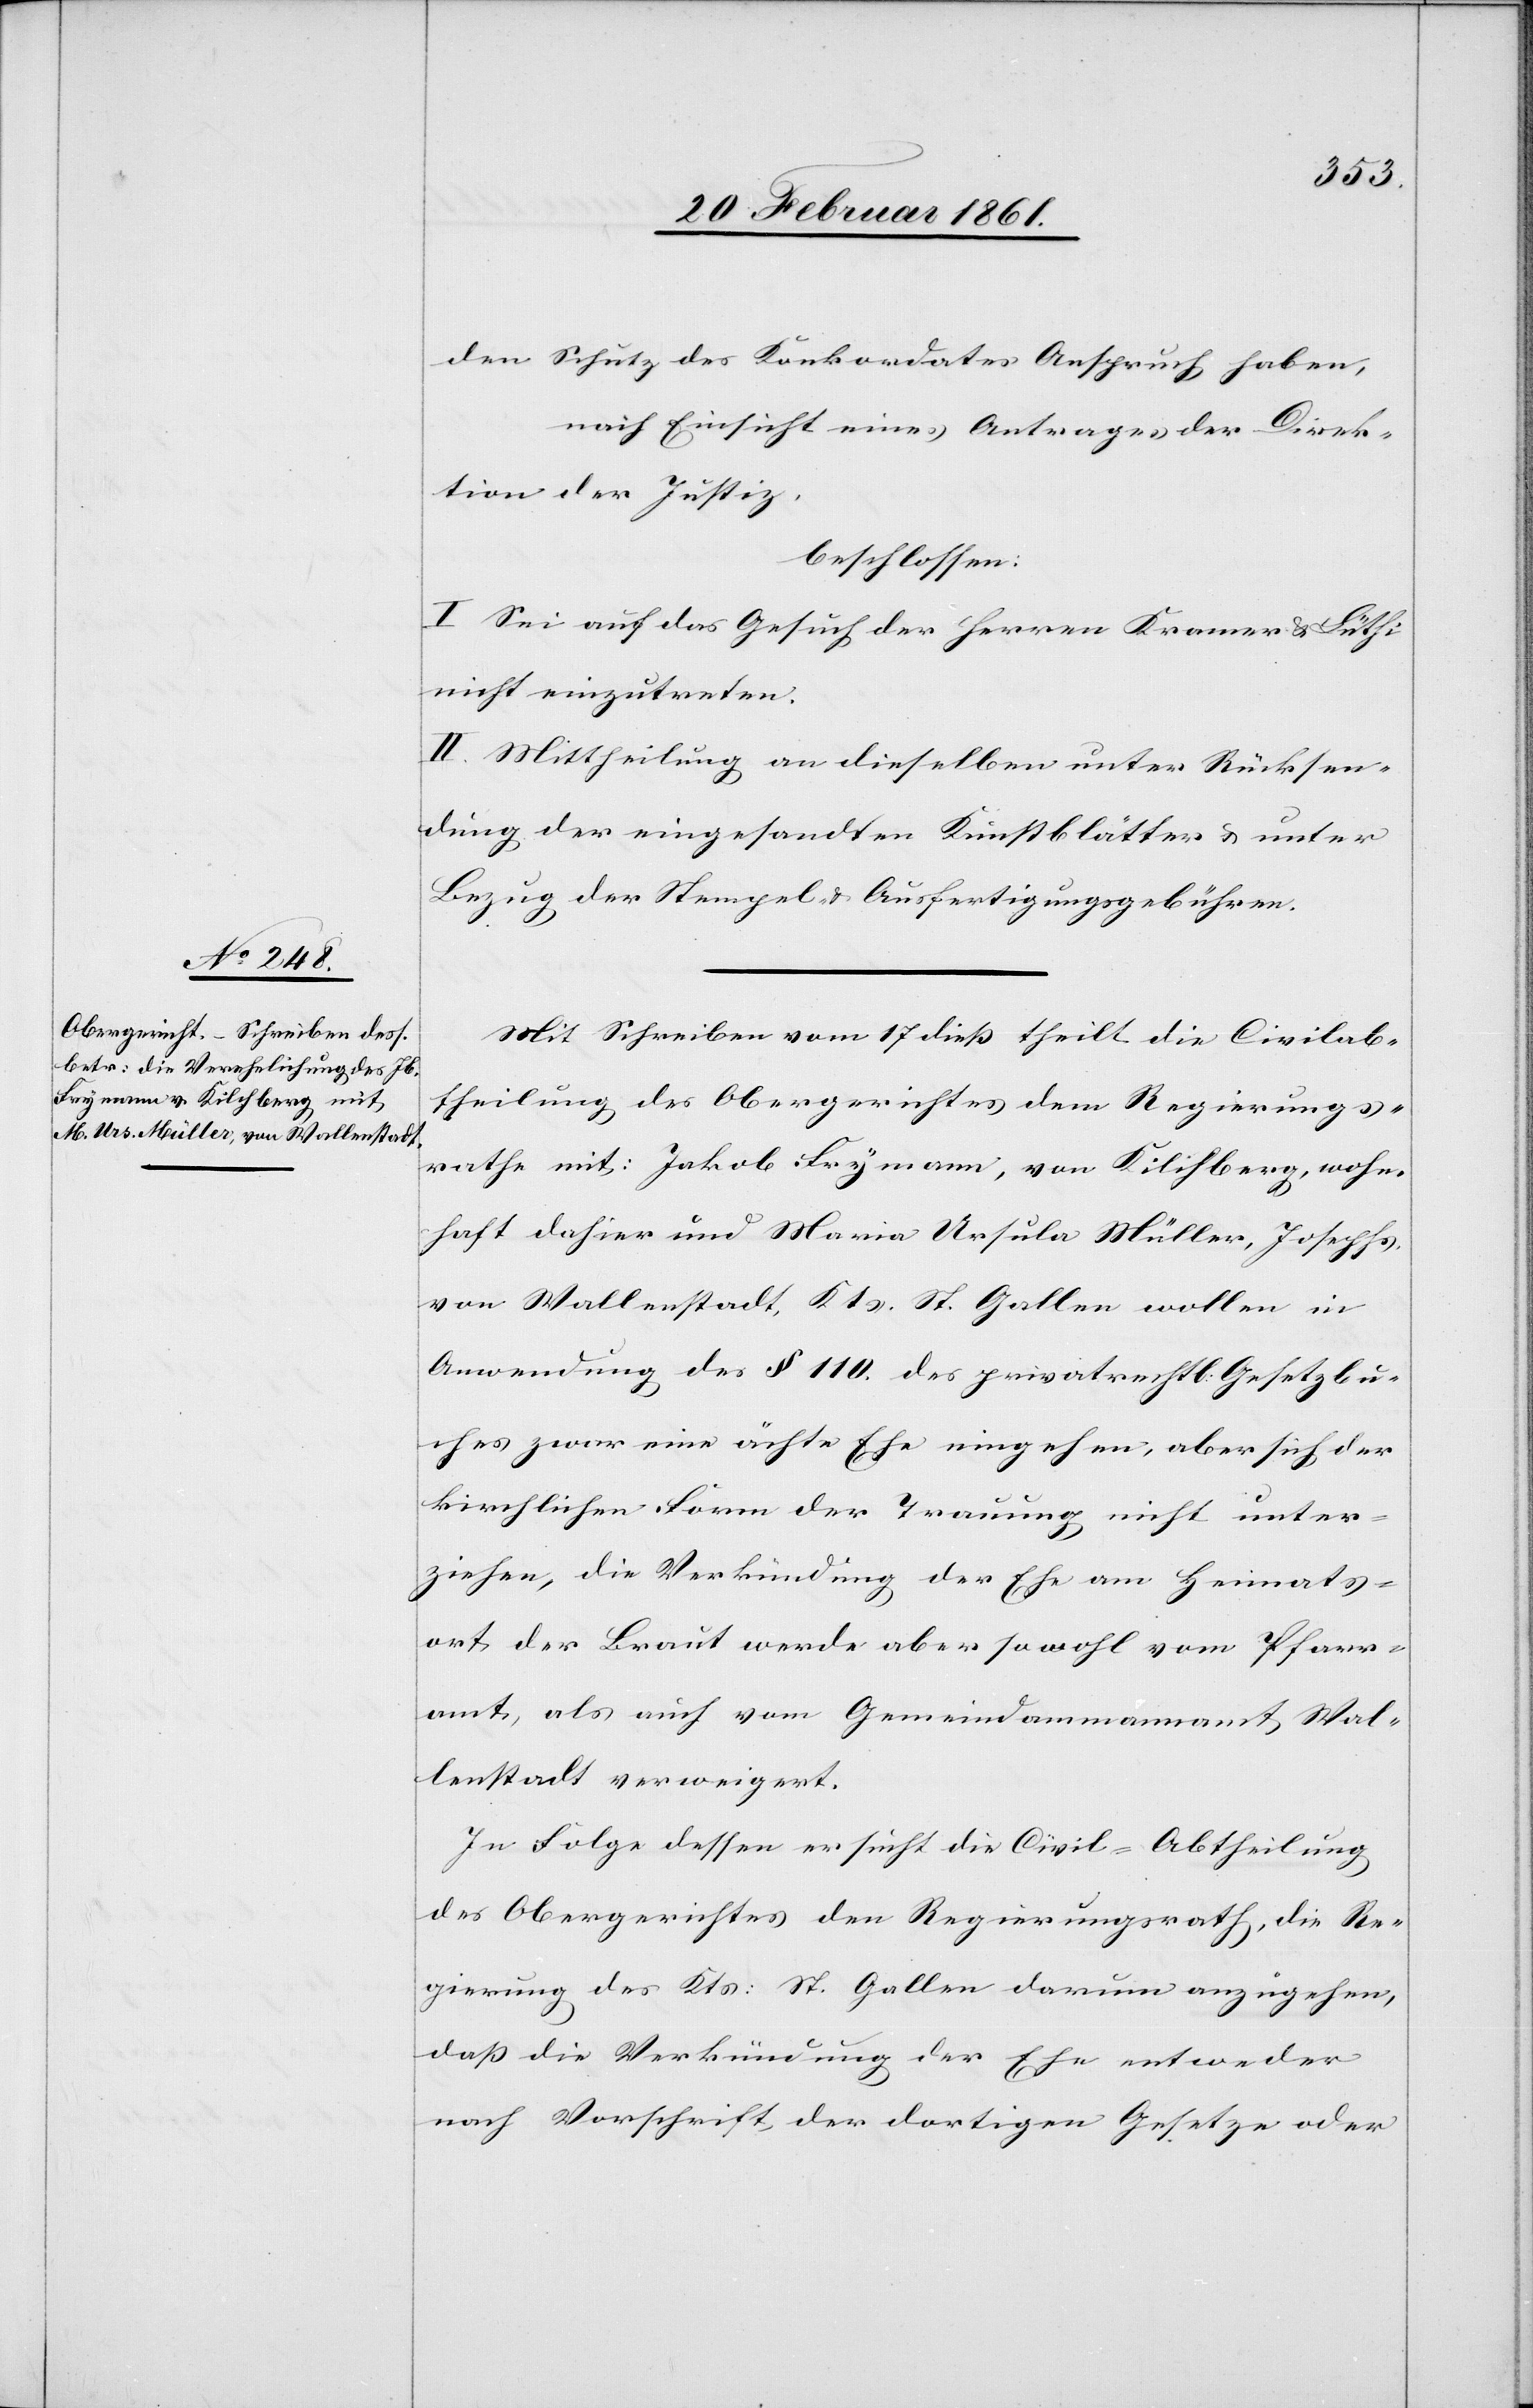
den Schutz des Konkordates Anspruch haben,
nach Einsicht eines Antrages der Direk¬
tion der Justiz,
beschlossen:
I. Sei auf das Gesuch der Herren Kramer u. Lüthi
nicht einzutreten.
II. Mittheilung an dieselben unter Rücksen¬
dung der eingesandten Kunstblätter u. unter
Bezug der Stempel- u. Ausfertigungsgebühren.
Mit Schreiben vom 17 diess theilt die Civilab¬
theilung des Obergerichtes dem Regierungs¬
rathe mit: Jakob Frymann, von Kilchberg, wohn¬
haft dahier und Maria Ursula Müller, Josephs
von Wallenstadt, Kts. St. Gallen wollen in
Anwendung des §. 110. des privatrechtl. Gesetzbu¬
ches zwar eine ächte Ehe eingehen, aber sich der
kirchlichen Form der Trauung nicht unter¬
ziehen, die Verkündung der Ehe am Heimats¬
ort der Braut werde aber sowohl vom Pfarr¬
amt, als auch vom Gemeindammannamt Wal¬
lenstadt verweigert.
In Folge dessen ersucht die Civil-Abtheilung
des Obergerichtes den Regierungsrath, die Re¬
gierung des Kts: St. Gallen darum anzugehen,
dass die Verkündung der Ehe entweder
nach Vorschrift der dortigen Gesetze oder